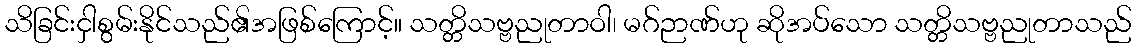
သိခြင်းငှါစွမ်းနိုင်သည်၏အဖြစ်ကြောင့်။ သတ္တိသဗ္ဗညုတာဝါ၊ မဂ်ဉာဏ်ဟု ဆိုအပ်သော သတ္တိသဗ္ဗညုတာသည်